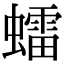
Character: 𧒽